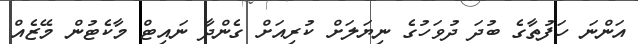
އަންނަ ހަފުތާގެ ބުދަ ދުވަހުގެ ނިޔަލަށް ކުރިއަށް ގެންދާ ނައިޓް މާކެޓުން މޭޒެއް